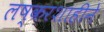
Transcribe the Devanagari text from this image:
लष्करशाहीने